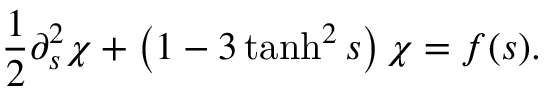
\frac { 1 } { 2 } \partial _ { s } ^ { 2 } \chi + \left( 1 - 3 \operatorname { t a n h } ^ { 2 } s \right) \chi = f ( s ) .